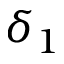
\delta _ { 1 }